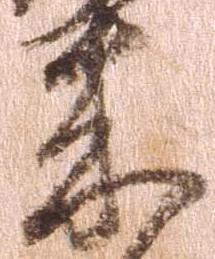
来